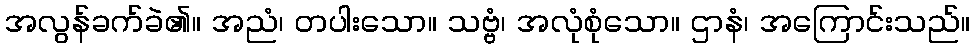
အလွန်ခက်ခဲ၏။ အညံ၊ တပါးသော။ သဗ္ဗံ၊ အလုံစုံသော။ ဌာနံ၊ အကြောင်းသည်။